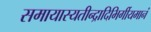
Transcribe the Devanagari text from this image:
समायास्यतीन्द्रादिभिर्गीयमानं